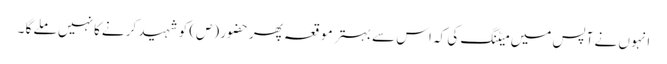
انہو ں نے آپس میں میٹنگ کی کہ اس سے بہتر مو قعہ پھر حضور (ص) کو شہید کر نےکا نہیں ملے گا ۔